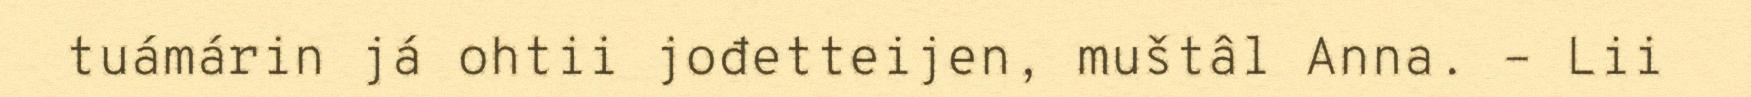
tuámárin já ohtii jođetteijen, muštâl Anna. – Lii